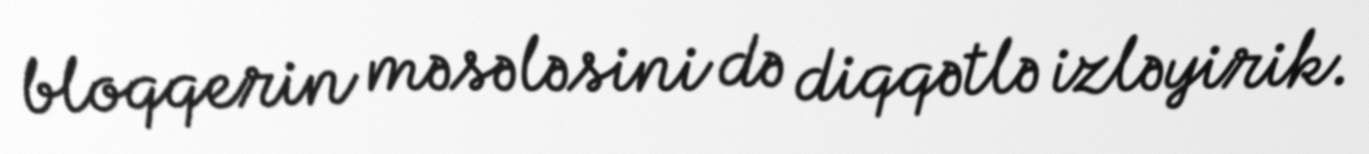
bloqqerin məsələsini də diqqətlə izləyirik.